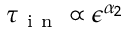
\tau _ { \mathrm { ~ i ~ n ~ } } \propto \epsilon ^ { \alpha _ { 2 } }